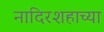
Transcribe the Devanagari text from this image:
नादिरशहाच्या